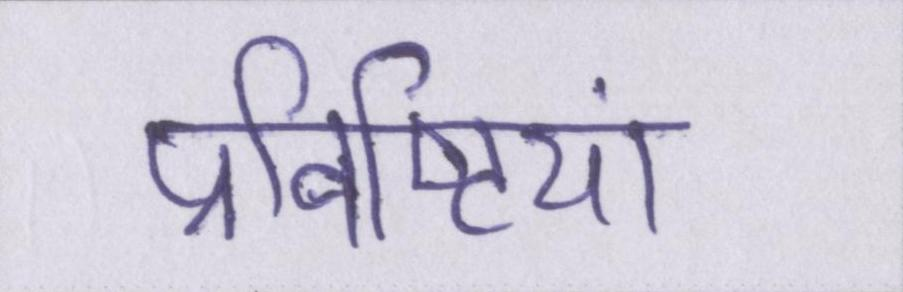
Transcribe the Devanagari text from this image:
प्रविष्टियां